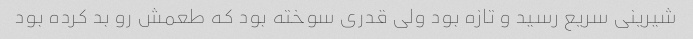
شیرینی سریع رسید و تازه بود ولی قدری سوخته بود که طعمش رو بد کرده بود